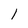
Character: l